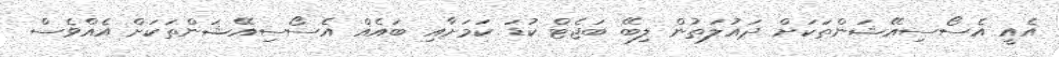
އެއީ އެސޯސިއޭޝަންތަކަށް ދައުލަތުން ލިބޭ ބަޖެޓް ކުޑަ ކަމަށާއި ބައެއް އެސޯސިއޭޝަންތަކަށް އެއްވެސް